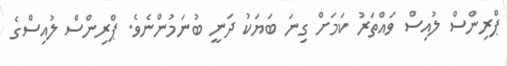
ޕްރިންސް ލުއިސް ވައްތަރު ކަމަށް ގިނަ ބަޔަކު ދަނީ ބުނަމުންނެވެ. ޕްރިންސް ލުއިސްގެ